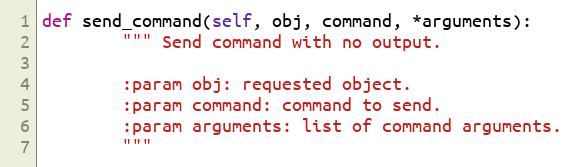
Language: Python
def send_command(self, obj, command, *arguments):
        """ Send command with no output.

        :param obj: requested object.
        :param command: command to send.
        :param arguments: list of command arguments.
        """